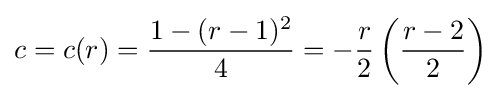
c=c(r)={\frac {1-(r-1)^{2}}{4}}=-{\frac {r}{2}}\left({\frac {r-2}{2}}\right)